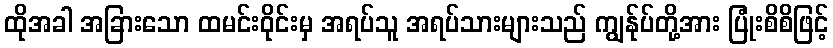
ထိုအခါ အခြားသော ထမင်းဝိုင်းမှ အရပ်သူ အရပ်သားများသည် ကျွန်ုပ်တို့အား ပြုံးစိစိဖြင့်